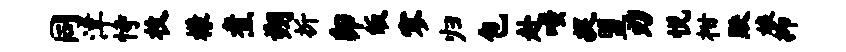
同津恃枚檬煮朔折卯皈寥归包赴嗤捉盟刃悦柑默娘抑